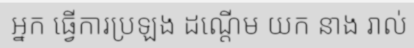
អ្នក ធ្វើការប្រឡង ដណ្តើម យក នាង រាល់